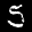
Label: 5